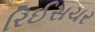
રિઈસચર